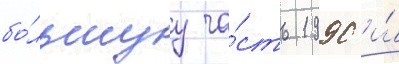
бо́льшуу ча́сть 1990 и́